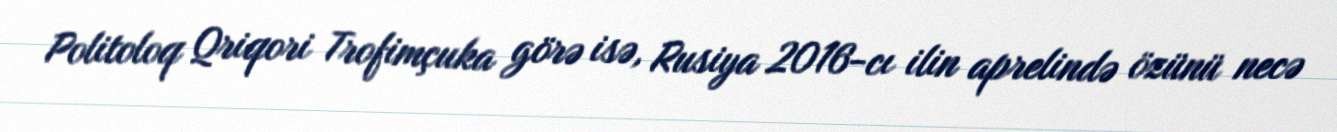
Politoloq Qriqori Trofimçuka görə isə, Rusiya 2016-cı ilin aprelində özünü necə